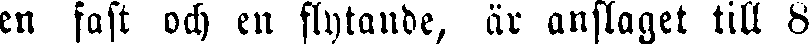
en fast och en flytande, är anslaget till 8